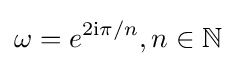
\omega =e^{2\mathrm {i} \pi /n},n\in \mathbb {N}